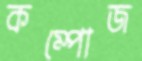
কম্পোজ